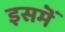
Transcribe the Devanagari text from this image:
इसमॆं